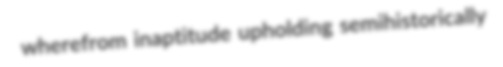
wherefrom inaptitude upholding semihistorically